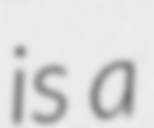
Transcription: is a